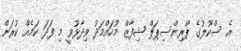
އެ ސްކޫލުގެ ޕްރިންސިޕަލް ޝިފާޒް މުހައްމަދު ވިދާޅުވީ މި ފަދަ ކަމެއް ކުރަން